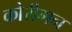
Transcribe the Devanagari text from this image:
कोरीगन